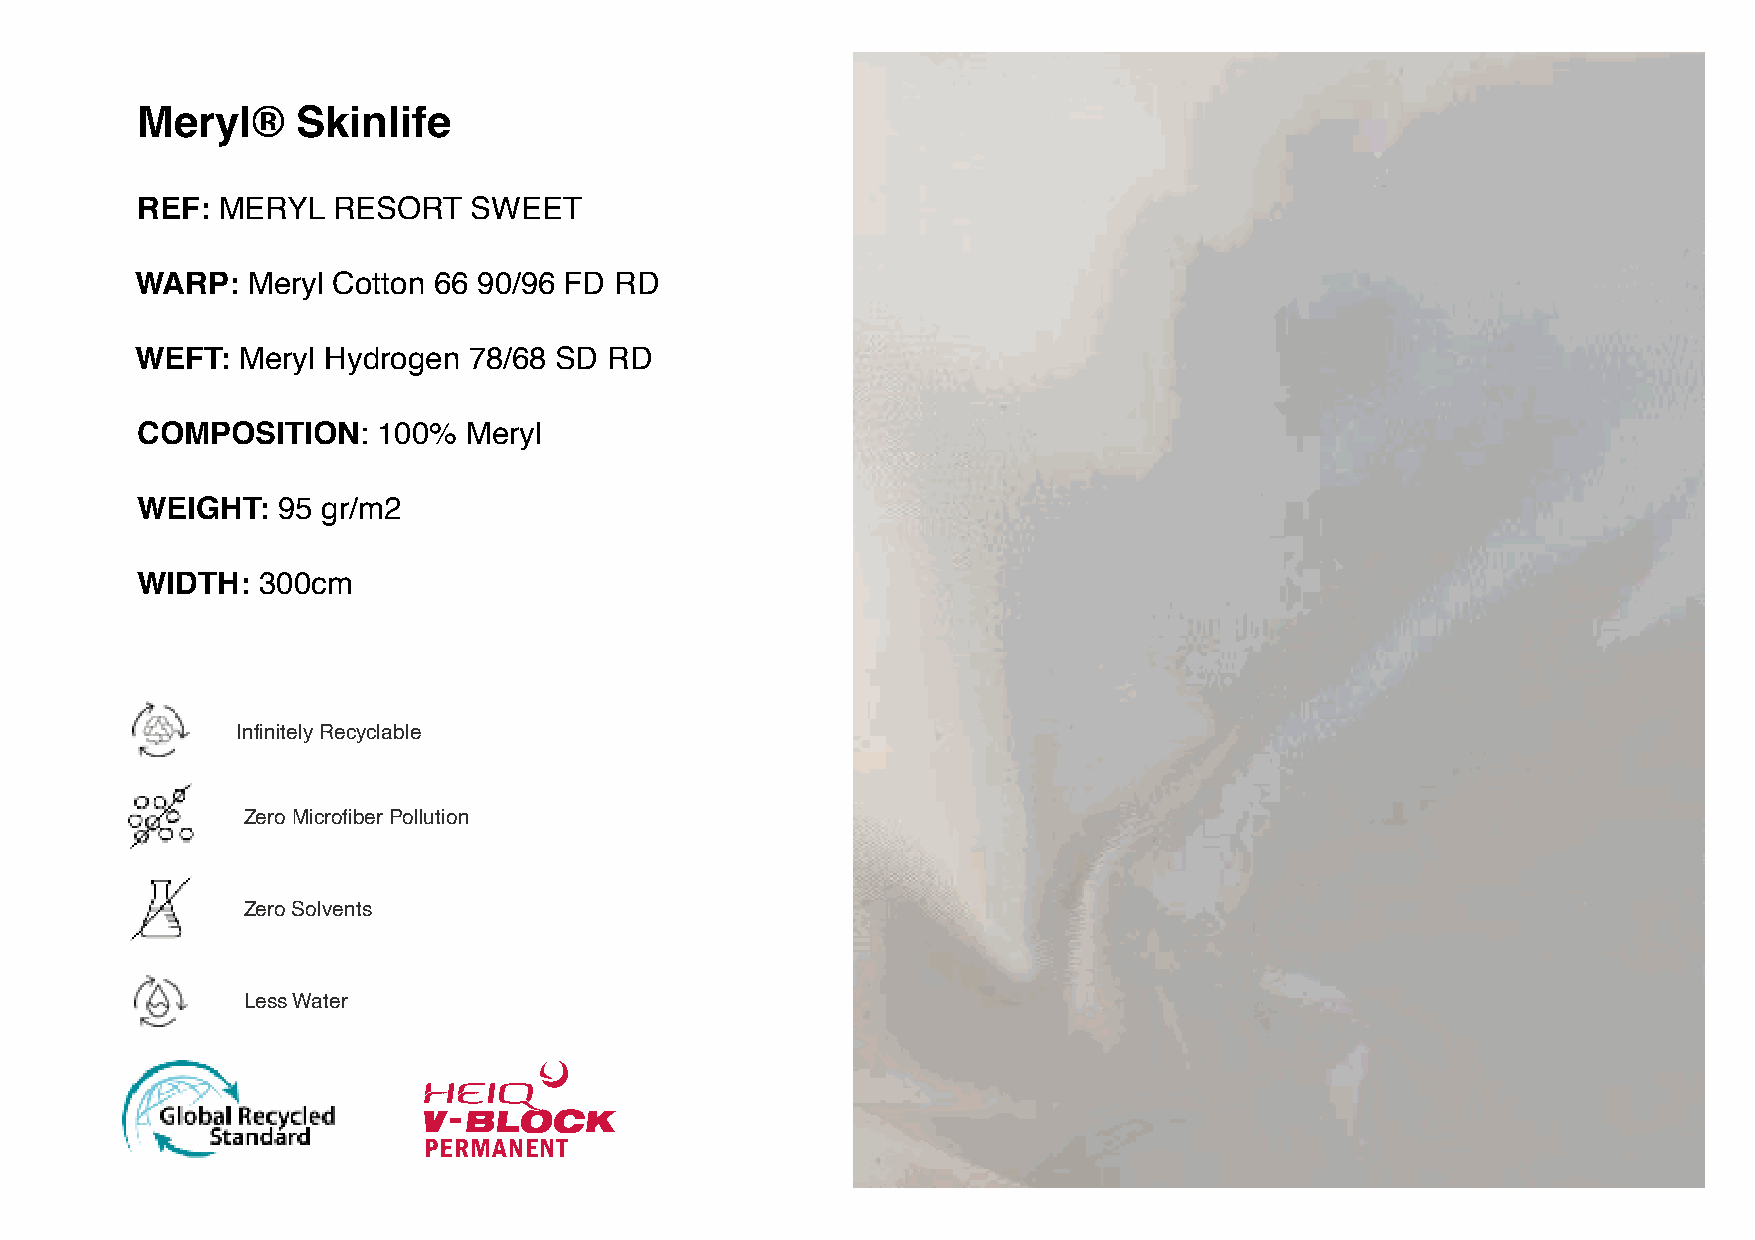
Meryl®     Skinlife
 REF: MERYL   RESORT   SWEET
 WARP:  Meryl Cotton 66 90/96 FD RD
 WEFT:  Meryl Hydrogen 78/68 SD RD
 COMPOSITION:    100%  Meryl
 WEIGHT:  95 gr/m2
 WIDTH:  300cm
 Infinitely Recyclable
 Zero Microfiber Pollution
 Zero Solvents
 Less Water